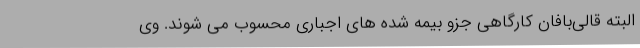
البته قالی‌بافان کارگاهی جزو بیمه شده های اجباری محسوب می شوند. وی